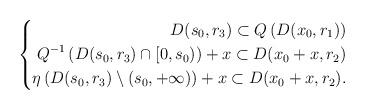
LaTeX: \begin{align*} \left\{ \begin{aligned} D(s_0,r_3) \subset Q\left(D(x_0,r_1)\right)\\ Q^{-1}\left(D(s_0,r_3)\cap [0,s_0)\right)+x \subset D(x_0+x,r_2)\\ \eta\left(D(s_0,r_3)\setminus (s_0,+\infty)\right)+x \subset D(x_0+x,r_2).\\ \end{aligned} \right.\end{align*}